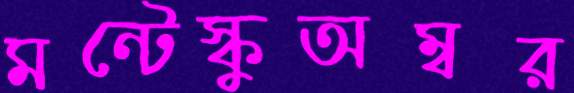
মন্টেস্কুঅম্বর